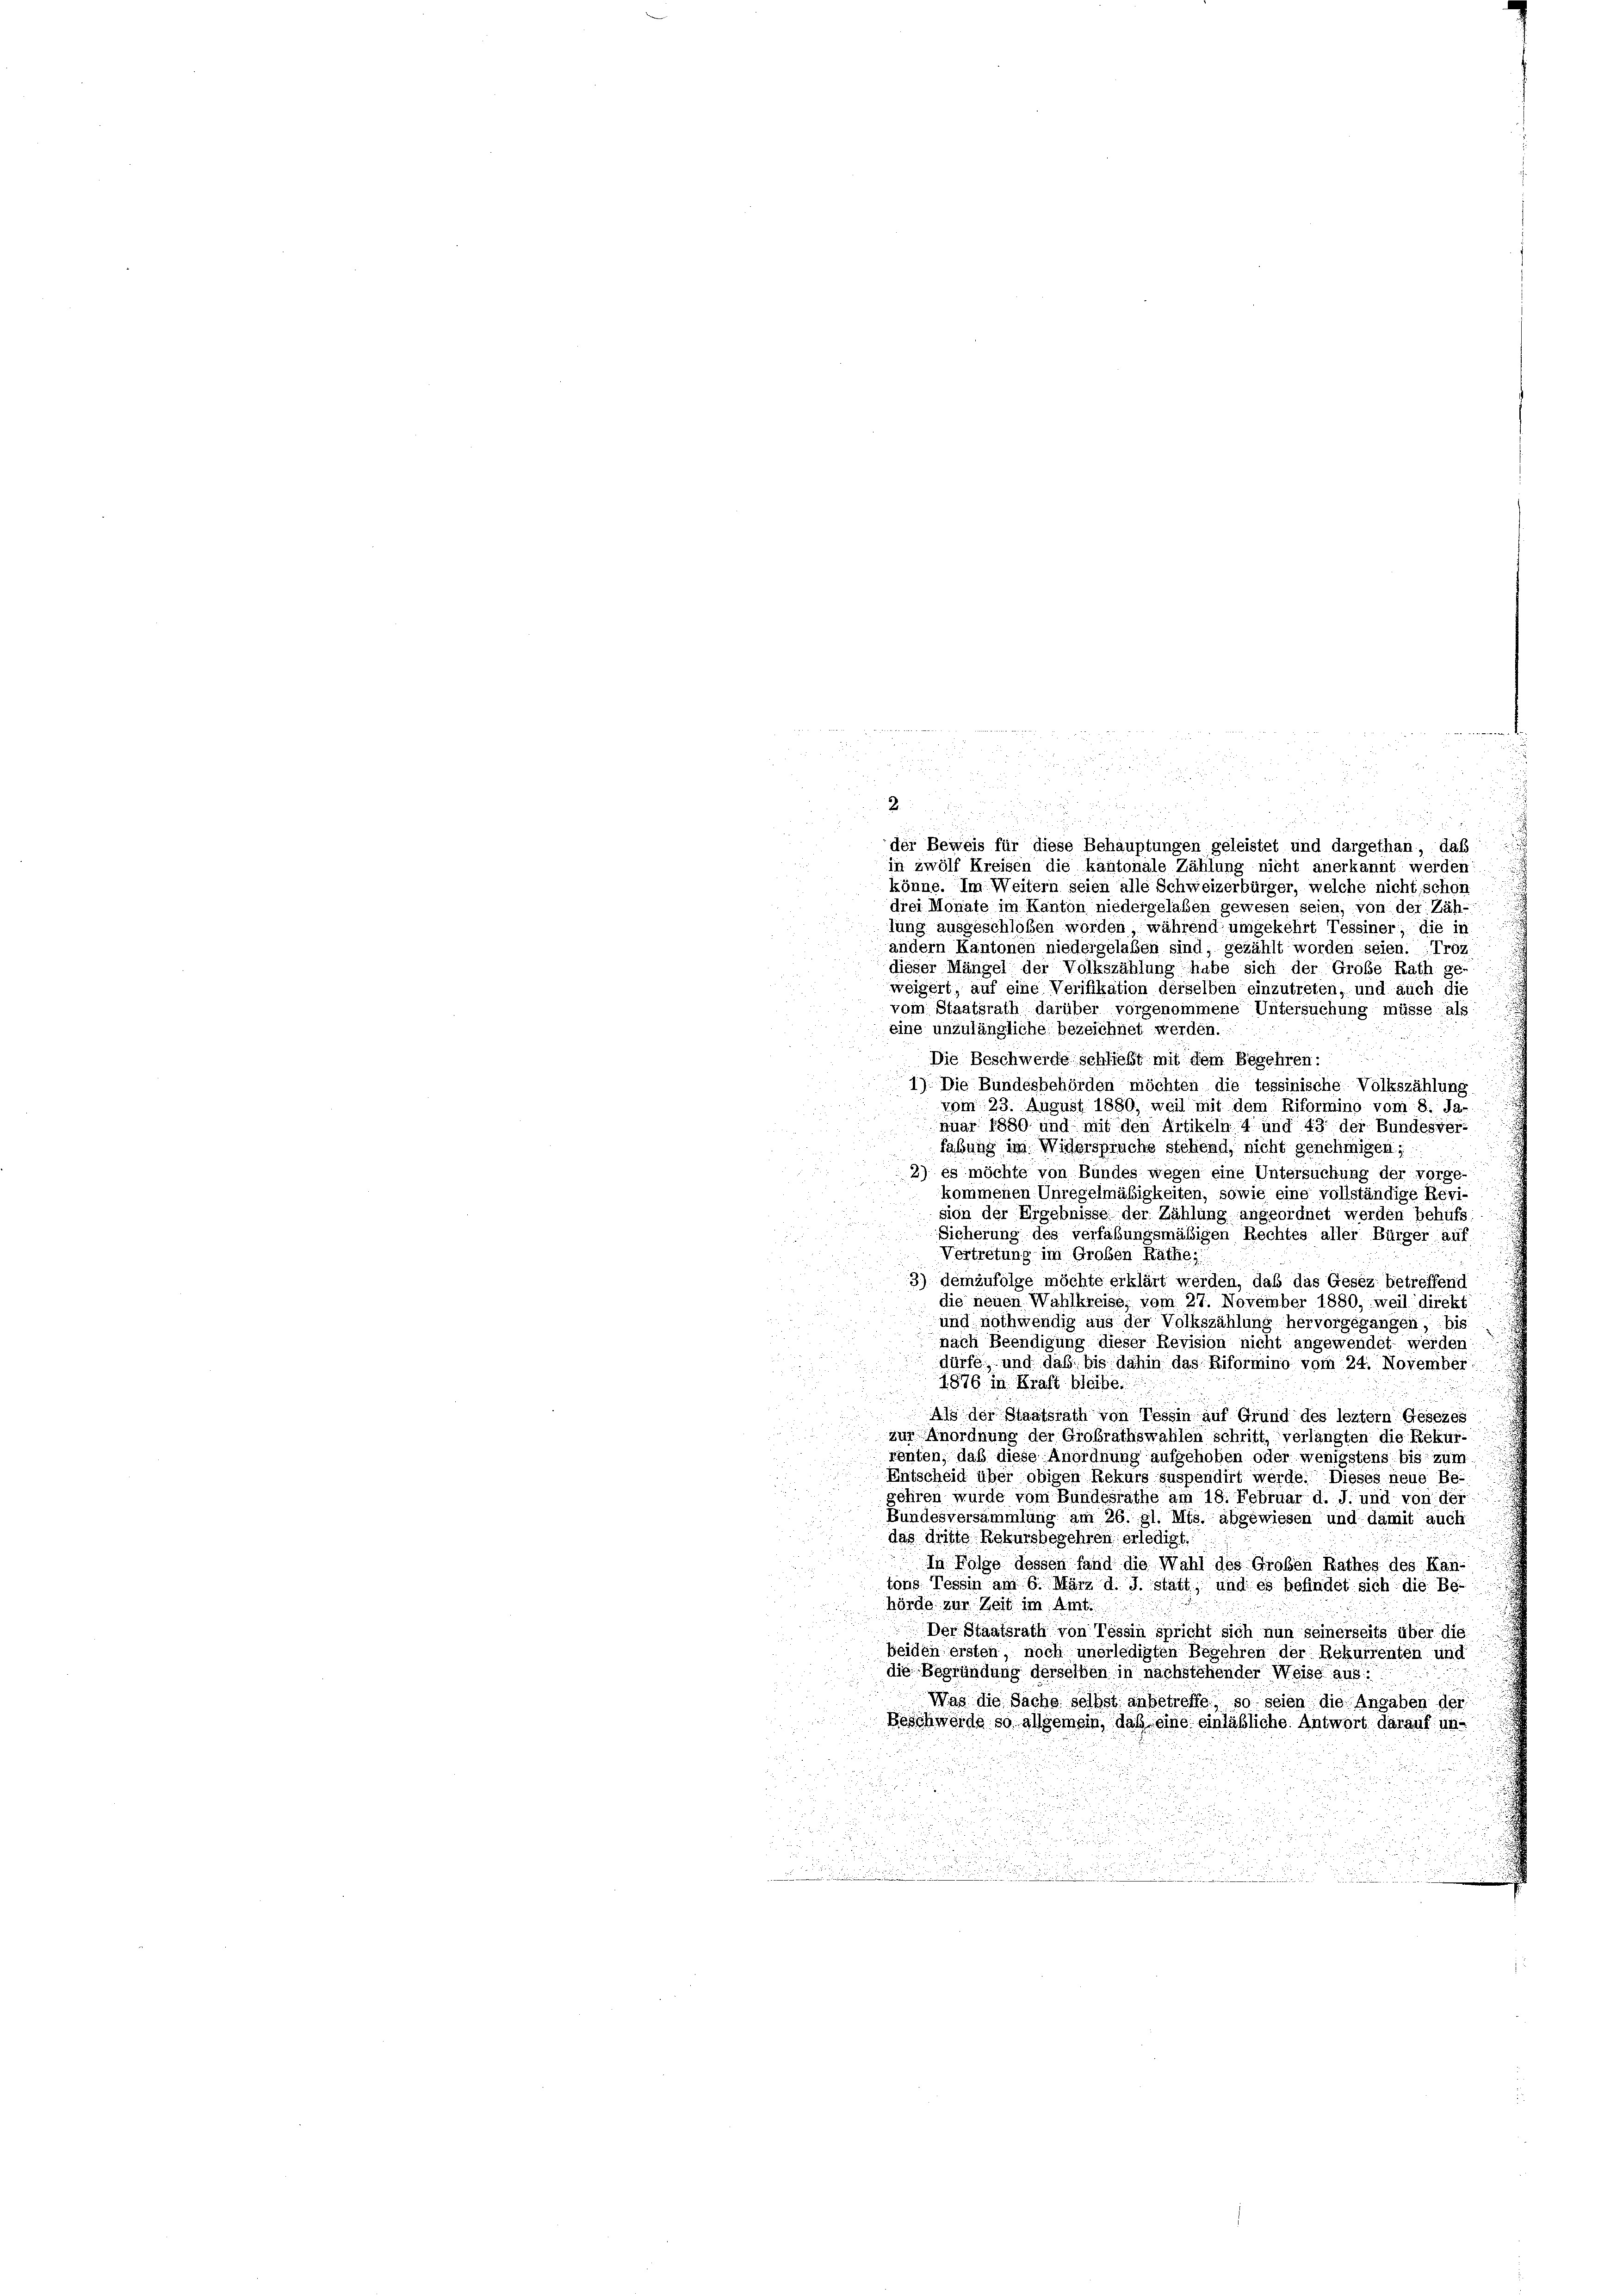
der Beweis für diese Behauptungen geleistet und dargethan, daß
in zwölf Kreisen die kantonale Zählung nicht anerkannt werden
könne. Im Weitern seien alle Schweizerbürger, welche nicht schon
drei Monate im Kanton niedergelaßen gewesen seien, von der Zäh-
lung ausgeschloßen worden während umgekehrt Tessiner, die in
andern Kantonen niedergelaben sind, gezählt worden seien. Troz
dieser Mängel der Volkszählung habe sich der Große Rath ge-
weigert, auf eine Verifikation derselben einzutreten, und auch die
vom Staatsrath darüber vorgenommene Untersuchung müsse als
eine unzulängliche bezeichnet werden.
Die Beschwerde schließt mit dem Begehren:
1). Die Bundesbehörden möchten die tessinische Volkszählung
vom 23. August 1880, weil mit dem Riformino vom 8. Ja-
nuar 1880 und mit den Artikeln 4 und 43 der Bundesver-
fabung im Widerspruche stehend, nicht genehmigen;
2) es möchte von Bundes wegen eine Untersuchung der vorge-
kommenen Unregelmäßigkeiten, sowie eine vollständige Revi-
sion der Ergebnisse der Zählung angeordnet werden behufs
Sicherung des verfaßungsmäßigen Rechtes aller Bürger auf
Vertretung im Großen Räthe:
3) demzufolge möchte erklärt werden, daß das Gesez betreffend
die neuen Wahlkreise, vom 27. November 1880, weil direkt
und nothwendig aus der Volkszählung hervorgegangen, bis
nach Beendigung dieser Revision nicht angewendet werden,
dürfe, und das bis dahin das Riformino vom 24. November
1876 in Kraft bleibe.
u
Als der Staatsrath von Tessin auf Grund des leztem Gesezes
zur Anordnung der Grobrathswahlen schritt, verlangten die Rekurrenten, daß diese Anordnung aufgehoben oder wenigstens bis zum
Entscheid über obigen Rekurs suspendirt werde. Dieses neue Be-
gehren wurde vom Bundesräthe am 18. Februar d. J. und von der
Bundesversammlung am 26. gl. Mts. abgewiesen und damit auch
das dritte Rekursbegehren erledigt,
In Folge dessen fand die Wahl des Groben Rathes des Kan-
tons Tessin am 6. März d. J. statt, und es befindet sich die Be-
hörde zur Zeit im Amt.
Der Staatsrath von Tessin spricht sich nun seinerseits über die
beiden ersten noch unerledigten Begehren der Rekurrenten und
die Begründung derselben in nachstehender Weise aus:
Was die Sache selbst anbetreffe, so seien die Angaben der
Beschwerde so allgemein, daß eine einläßliche Antwort darauf uni
.